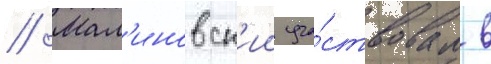
// Мал'иновск'ии уча́ствовал в